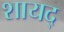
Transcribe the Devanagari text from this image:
शायद्